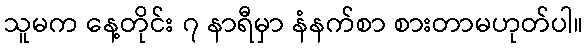
သူမက နေ့တိုင်း ၇ နာရီမှာ နံနက်စာ စားတာမဟုတ်ပါ။